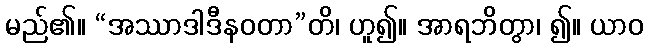
မည်၏။ “အဿာဒါဒီနဝတာ”တိ၊ ဟူ၍။ အာရဘိတွာ၊ ၍။ ယာဝ